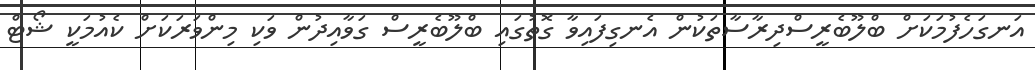
އަނގަހެފުމަކަށް ބްލޫބެރީސްދިރާސާތަކުން އެނގިފައިވާ ގޮތުގައި ބްލޫބެރީސް ގަވާއިދުން ވަކި މިންވަރަކަށް ކެއުމަކީ ޝޯޓް